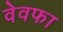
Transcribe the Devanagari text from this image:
वेवफा